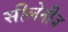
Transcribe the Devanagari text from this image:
सीलेनीज